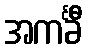
အကင်္ခီ